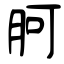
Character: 胢